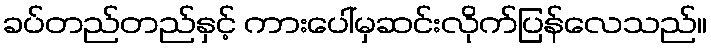
ခပ်တည်တည်နှင့် ကားပေါ်မှဆင်းလိုက်ပြန်လေသည်။